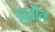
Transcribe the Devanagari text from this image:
वृद्धीत